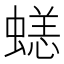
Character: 𧏮